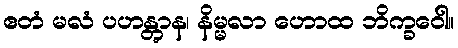
ဧတံ မလံ ပဟန္တွာန၊ နိမ္မလာ ဟောထ ဘိက္ခဝေါ။